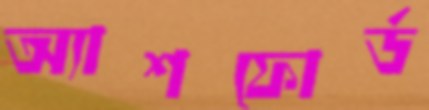
অ্যাশফোর্ড